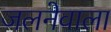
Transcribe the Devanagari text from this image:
जलनेवाला